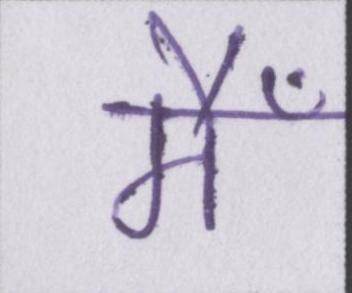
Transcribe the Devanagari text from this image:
मैँ